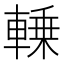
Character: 𰹛